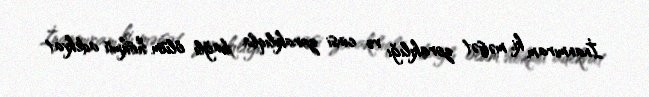
İnanmıram ki, məişət zorakılığı və cinsi zorakılıqla bağlı ölüm hökmü adekvat